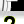
Digit: 2